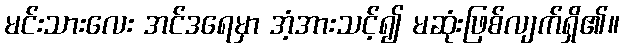
မင်းသားလေး အင်ဒရေမှာ အံ့အားသင့်၍ မဆုံးဖြစ်လျက်ရှိ၏။